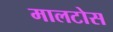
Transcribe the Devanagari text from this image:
मालटोस